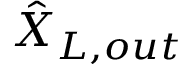
\hat { X } _ { L , o u t }